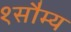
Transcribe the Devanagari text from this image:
१सौम्य